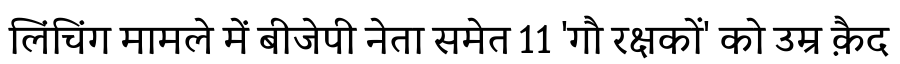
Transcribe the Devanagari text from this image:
लिंचिंग मामले में बीजेपी नेता समेत 11 'गौ रक्षकों' को उम्र क़ैद